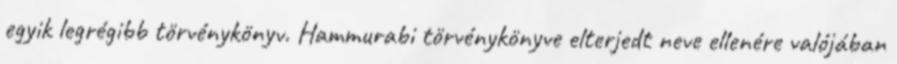
egyik legrégibb törvénykönyv. Hammurabi törvénykönyve elterjedt neve ellenére valójában